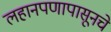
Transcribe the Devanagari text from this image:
लहानपणापासूनचे